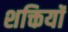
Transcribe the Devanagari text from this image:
शक्तियॉं